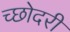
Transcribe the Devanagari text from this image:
च्छोदरी